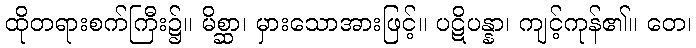
ထိုတရားစက်ကြီး၌။ မိစ္ဆာ၊ မှားသောအားဖြင့်။ ပဋိပန္နာ၊ ကျင့်ကုန်၏။ တေ၊